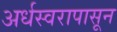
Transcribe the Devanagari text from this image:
अर्धस्वरापासून